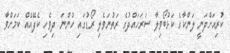
ކުރިއަށްދަނީ ލަންކާގެ ކަޅުބޯވިލާ ސަރަހައްދުގެ ރަތުނަވެލި ރޯޑުގައި ހުންނަ ދިވެހި ކެފޭއެއް ކަމަށްވާ